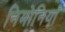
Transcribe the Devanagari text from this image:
निमोनियाँ